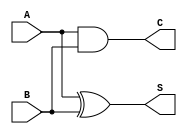
module conditional_half_adder (
    input wire A,  // Input 1
    input wire B,  // Input 2
    output wire S, // Sum output
    output wire C  // Carry output
);

// Sum is calculated using XOR operation
assign S = A ^ B;

// Carry is calculated using AND operation
assign C = A & B;

endmodule